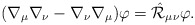
\begin{align*}(\nabla_{\mu} \nabla_{\nu}-\nabla_{\nu} \nabla_{\mu} ) \varphi =\hat{\cal R}_{\mu\nu} \varphi.\end{align*}